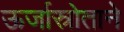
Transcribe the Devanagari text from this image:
ऊर्जास्रोताने